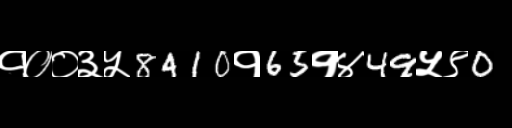
Text: १००३५8410१65१४49५९0